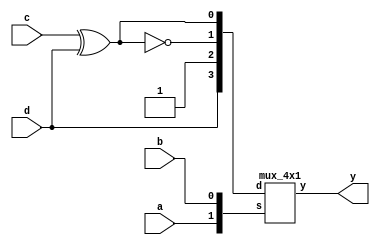
module prob_4_47_b (y, a, b, c, d);
    output y;
    input a, b, c, d;
    wire c_xnor_d, c_xor_d;
    
    assign c_xnor_d = ~(c^d);
    assign c_xor_d = (c^d);
    
    mux_4x1 m1(y, {a, b}, {d, 1'b1, c_xnor_d, c_xor_d});
endmodule


module mux_4x1 (y, s, d);
    output y;
    input [1:0] s;
    input [3:0] d;

    wire not_s0, not_s1, d0_out, d1_out, d2_out, d3_out;
    not (not_s0, s[0]);
    not (not_s1, s[1]);

    nand (d0_out, not_s1, not_s0, d[0]);
    nand (d1_out, not_s1, s[0], d[1]);
    nand (d2_out, s[1], not_s0, d[2]);
    nand (d3_out, s[1], s[0], d[3]);
    
        
    nand (y, d0_out, d1_out, d2_out, d3_out);

endmodule

module prob_4_47_b_tb;
    reg [3:0] in;
    wire y;
    
    //Instantiate UUT
    prob_4_47_b UUT(y, in[3], in[2], in[1], in[0]);

    //stimulus block
    initial
        begin
            in = 4'b0000;
            repeat (15) #10 in = in + 1'b1; 
        end
    initial $monitor("in = %b, y = %b", in, y);
endmodule